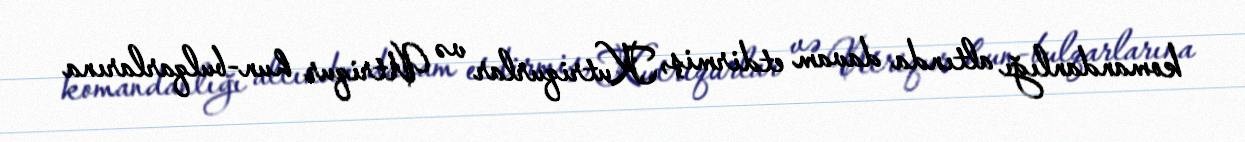
komandanlığı altında davam etdirmiş, Kutriqurlar və Utriqur hun-bulqarlarına